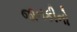
જાનકીનો